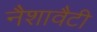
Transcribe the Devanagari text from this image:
नैशावैटी